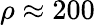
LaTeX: \rho\approx 200